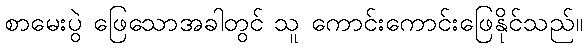
စာမေးပွဲ ဖြေသောအခါတွင် သူ ကောင်းကောင်းဖြေနိုင်သည်။